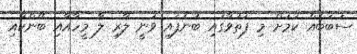
ސަބަބެއް ކަމަށް މި ފަތުވާގައި ބުނެފައި ވަނީ ލާރި ލާ މީހާއާއި ބޭންކާއި